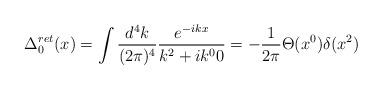
LaTeX: \begin{align*}\displaystyle \Delta_0^{ret}(x)=\int \frac{d^4 k}{(2 \pi)^4} \frac{e^{-ikx}}{k^2+i k^0 0} =-\frac{1}{2 \pi} \Theta (x^0) \delta(x^2) \end{align*}